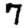
Digit: 7